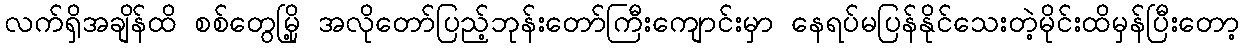
လက်ရှိအချိန်ထိ စစ်တွေမြို့ အလိုတော်ပြည့်ဘုန်းတော်ကြီးကျောင်းမှာ နေရပ်မပြန်နိုင်သေးတဲ့မိုင်းထိမှန်ပြီးတော့